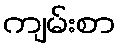
ကျမ်းစာ